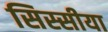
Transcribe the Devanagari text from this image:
सिस्सीया